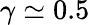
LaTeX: \gamma\simeq 0.5